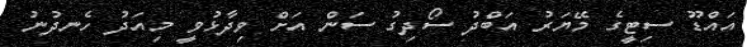
އައްޑޫ ސިޓީގެ މޭޔަރު އަބްދު ސޯދިގު ސަން އަށް ވިދާޅުވީ މިއަދު ހެނދުނު